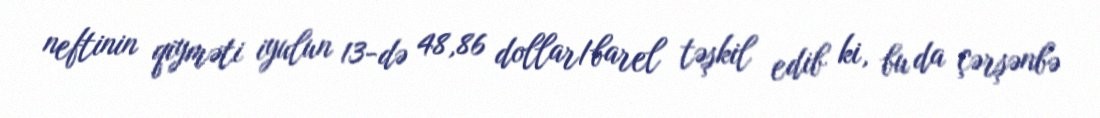
neftinin qiyməti iyulun 13-də 48,86 dollar/barel təşkil edib ki, bu da çərşənbə